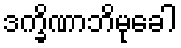
ဒက္ခိဏာဘိမုခေါ